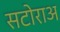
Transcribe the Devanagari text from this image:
सटोराअ